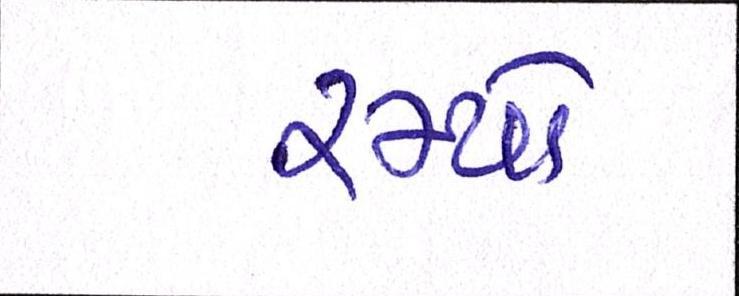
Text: રમ્યો